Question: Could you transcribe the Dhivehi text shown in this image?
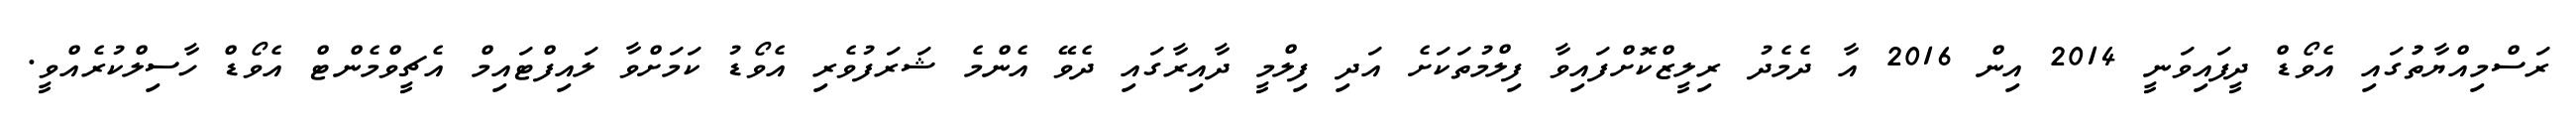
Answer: ރަސްމިއްޔާތުުގައި އެވޯޑް ދީފައިވަނީ 2014 އިން 2016 އާ ދެމެދު ރިލީޒްކޮށްފައިވާ ފިލްމުތަކަށެ އަދި ފިލްމީ ދާއިރާގައި ދެވޭ އެންމެ ޝަރަފުވެރި އެވޯޑު ކަމަށްވާ ލައިފްޓައިމް އެޗީވްމެންޓް އެވޯޑް ހާސިލްކުރެއްވީ.